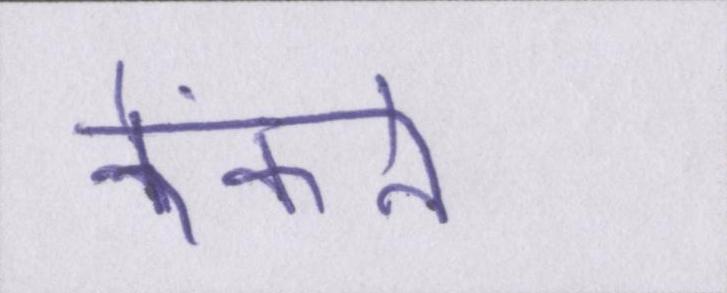
फेंकने